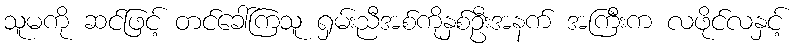
သူမကို ဆင်ဖြင့် တင်ခေါ်ကြသူ ရှမ်းညီအစ်ကိုနှစ်ဦးအနက် အကြီးက လဖိုင်လနှင့်